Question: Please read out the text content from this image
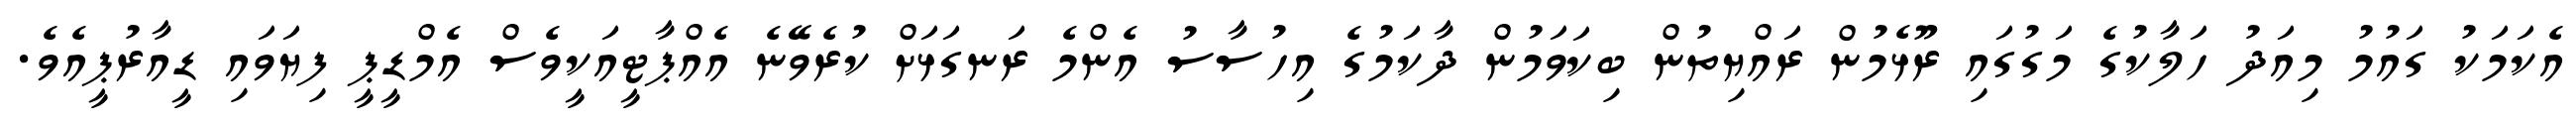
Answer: އެކަމަކު ގައުމު މިއަދު ހަލާކުގެ މަގުގައި ރޫޅެމުން ރައްޔިތުން ބިކަވަމުން ދާކަމުގެ އިހުސާސު އެންމެ ރަނގަޅަށް ކުރެވޭނެ އެއްޕާޓީއަކީވެސް އެމްޑީޕީ ފިޔަވައި ޑީއާރުޕީއެވެ.